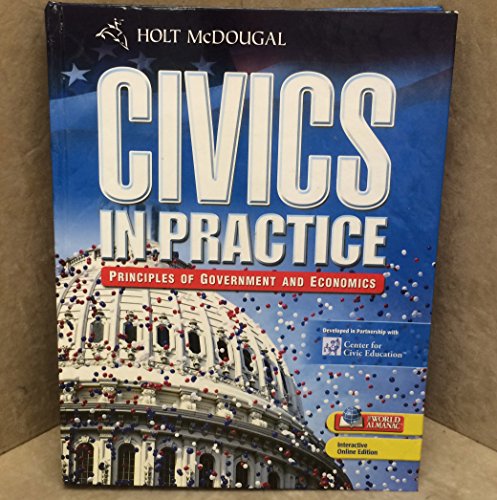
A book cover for Civics in Practice: Student Edition 2009; HOLT MCDOUGAL; Children's Books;